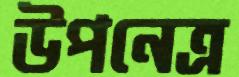
উপনেত্র